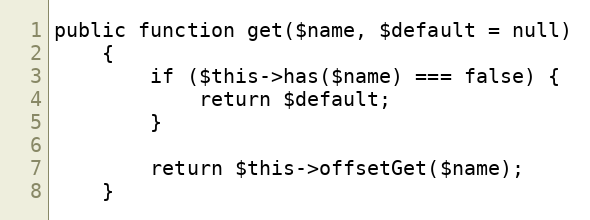
Language: PHP
public function get($name, $default = null)
    {
        if ($this->has($name) === false) {
            return $default;
        }

        return $this->offsetGet($name);
    }